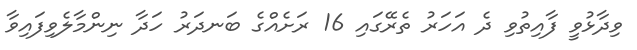
ވިދާޅުވީ ފާއިތުވި ދެ އަހަރު ތެރޭގައި 16 ރަށެއްގެ ބަނދަރު ހަދާ ނިންމާލެވިފައިވާ